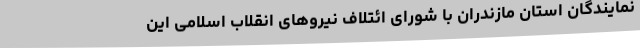
نمایندگان استان مازندران با شورای ائتلاف نیروهای انقلاب اسلامی این